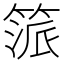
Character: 𥯠